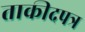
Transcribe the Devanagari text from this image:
ताकीदपत्र